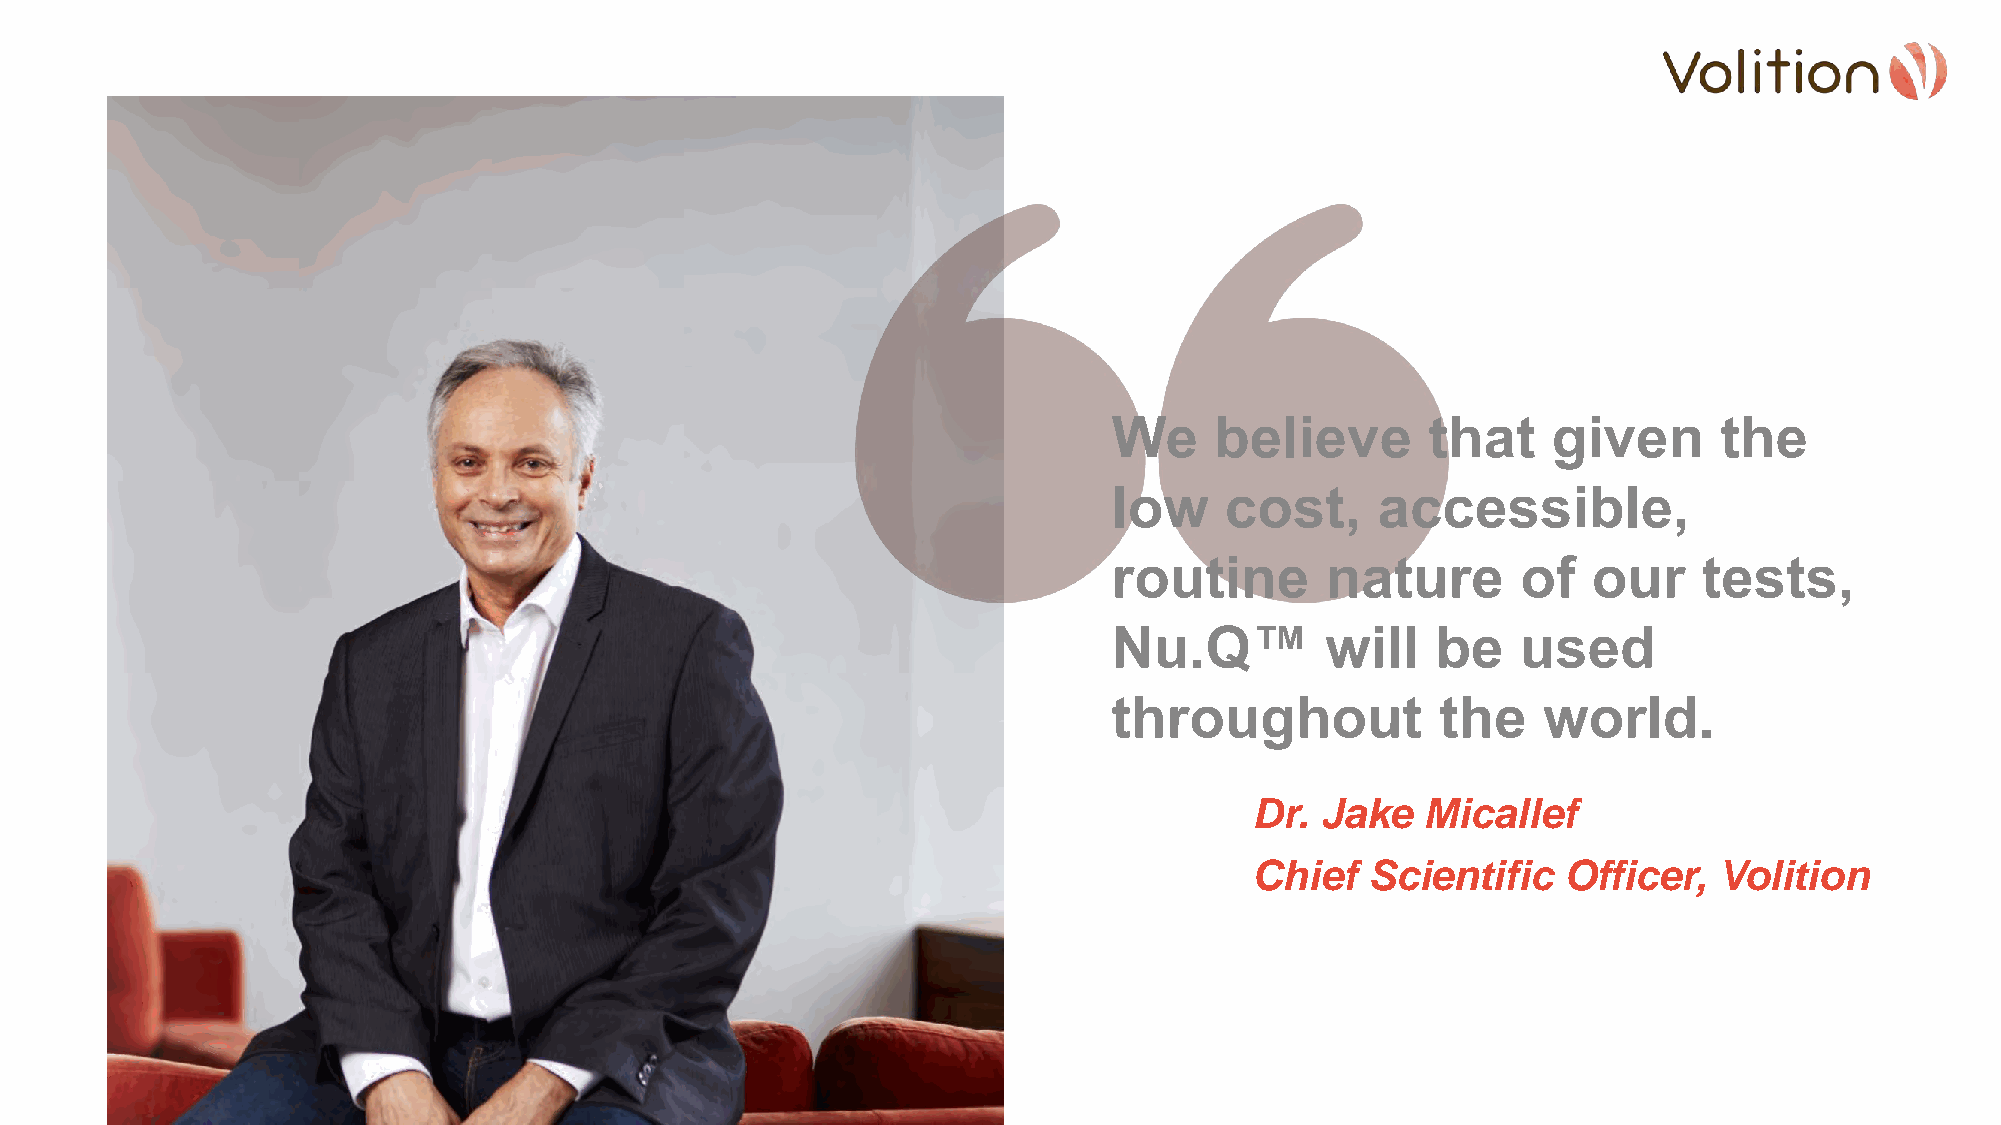
We    believe        that    given      the
 low    cost,     accessible,
 routine       nature       of  our     tests,
 Nu.Q™         will   be    used
 throughout           the    world.
 Dr. Jake   Micallef
 Chief   Scientific   Officer,  Volition